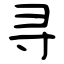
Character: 寻